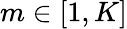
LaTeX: m\in[1,K]